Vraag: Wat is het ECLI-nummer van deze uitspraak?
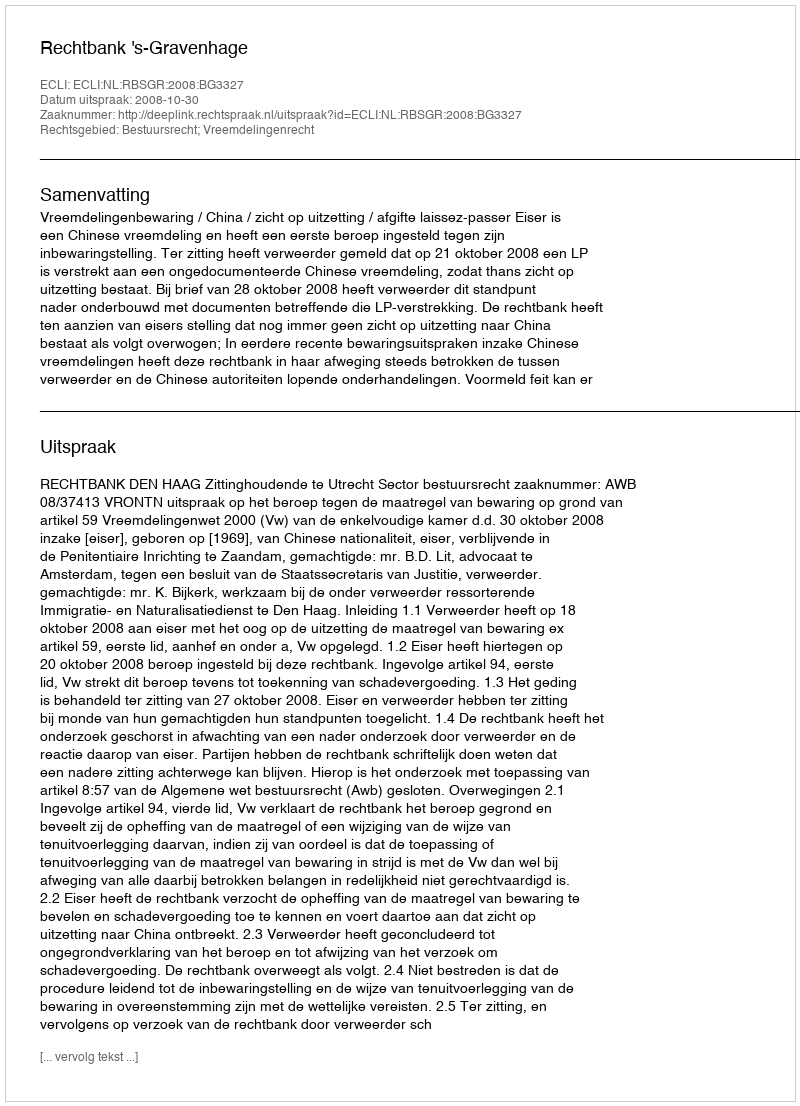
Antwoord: ECLI:NL:RBSGR:2008:BG3327